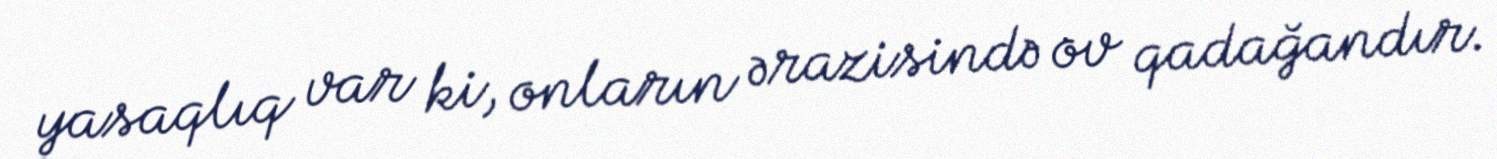
yasaqlıq var ki, onların ərazisində ov qadağandır.